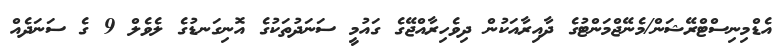
އެޑްމިނިސްޓްރޭޝަން/މެނޭޖްމަންޓުގެ ދާއިރާއަކުން ދިވެހިރާއްޖޭގެ ގައުމީ ސަނަދުތަކުގެ އޮނިގަނޑުގެ ލެވެލް 9 ގެ ސަނަދެއް